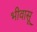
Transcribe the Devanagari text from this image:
भीवासू